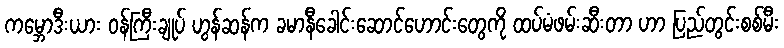
ကမ္ဘောဒီးယား ဝန်ကြီးချုပ် ဟွန်ဆန်က ခမာနီခေါင်းဆောင်ဟောင်းတွေကို ထပ်မံဖမ်းဆီးတာ ဟာ ပြည်တွင်းစစ်မီး